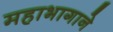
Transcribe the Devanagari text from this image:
महाभागाने